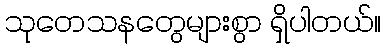
သုတေသနတွေများစွာ ရှိပါတယ်။